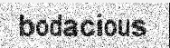
bodacious